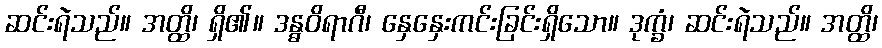
ဆင်းရဲသည်။ အတ္ထိ၊ ရှိ၏။ ဒန္ဓဝိရာဂီ၊ နှေနှေးကင်းခြင်းရှိသော။ ဒုက္ခံ၊ ဆင်းရဲသည်။ အတ္ထိ၊